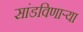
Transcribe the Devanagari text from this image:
सांडविणाऱ्या